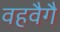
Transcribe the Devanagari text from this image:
वहवैगै